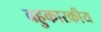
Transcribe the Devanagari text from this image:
बहुकारकीय